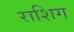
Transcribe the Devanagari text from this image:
राशिग